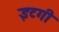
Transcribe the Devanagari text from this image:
इटगी